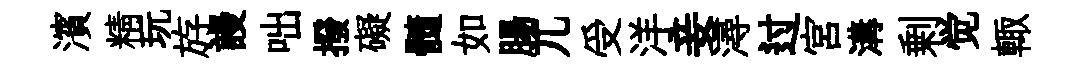
濱精玩斿謾咄撥礙髓如腸兀受洋妾潯过宮溝剰觉輙